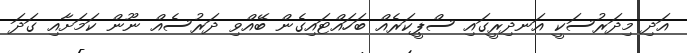
އަދި މިދަރުސަކީ އަނދިރީގައި ސްޕީކަރެއް ބަހައްޓައިގެން ބޭއްވި ދަރުސެއް ނޫން ކަމަށާއި ގަދަ